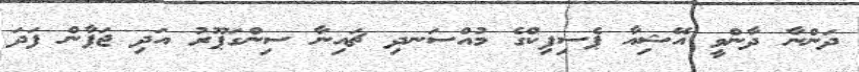
ދަންނާ ދާންވީ އޭޝިއާ ޕެސިފިކްގެ މުއްސަނދި ޗައިނާ ސިންގަޕޫރު އަދި ޖަޕާން ފަދަ